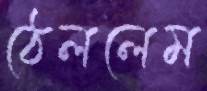
ঠেললেম